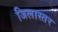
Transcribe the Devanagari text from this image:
जिलास्तर